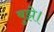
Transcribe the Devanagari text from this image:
बुझे।